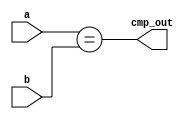
`timescale 1ns / 1ps
//////////////////////////////////////////////////////////////////////////////////
// Company: 
// Engineer: 
// 
// Design Name: 
// Module Name:    suber 
// Project Name: 
// Target Devices: 
// Tool versions: 
// Description: 
//
// Dependencies: 
//
// Revision: 
// Revision 0.01 - File Created
// Additional Comments: 
//
//////////////////////////////////////////////////////////////////////////////////
module comparer(a,b,cmp_out);
parameter BUS_SIZE = 10;
input [BUS_SIZE-1:0] a,b;
output cmp_out;
assign cmp_out = (a == b);
endmodule